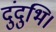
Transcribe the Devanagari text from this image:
दुंदुभि।